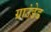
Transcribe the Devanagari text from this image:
ग्राउंडेड